Vaccination Hyderabad 1872-1889 - 1872-1889
Year: 1872
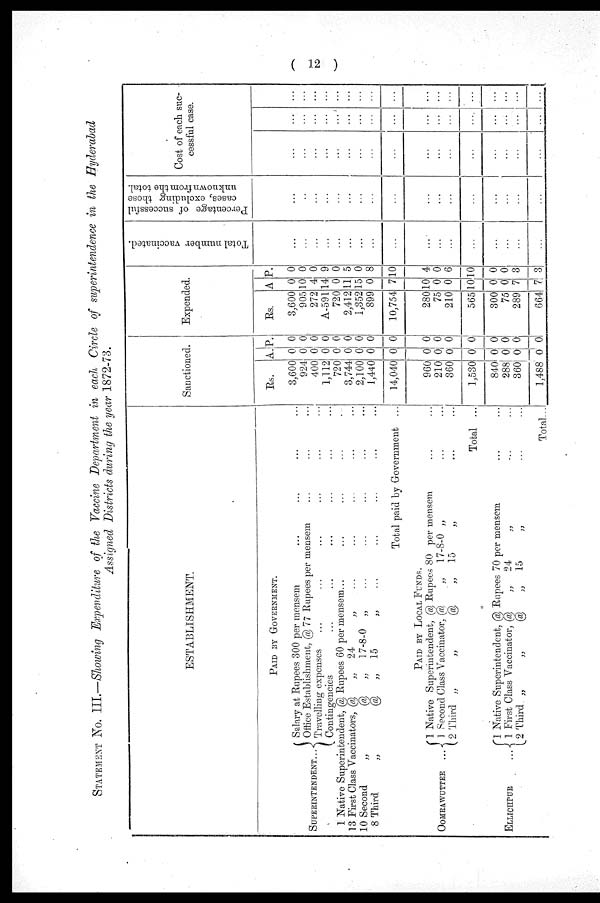
( 12 )
STATEMENT No. III.—Showing Expenditure of the Vaccine Department in each Circle of superintendence in the Hyderabad
Assigned Districts during the year 1872-73.
ESTABLISHMENT.
PAID BY GOVERNMENT.
SUPERINTENDENT...
Salary at Rupees 300 per mensem ... ...
Office Establishment, @ 77 Rupees per mensem ... ...
Travelling expenses ... ... ... ... ... ...
Contingencies ... ... ... ... ... ...
1 Native Superintendent, @ Rupees 60 per mensem... ... ... ... ...
13 First Class Vaccinators, @
„ 24
„ ... ... ... ... ...
10 Second
„
@
„ 17-8-0 „ ... ... ... ... ...
8 Third
„
@ „ 15
„
...
...
...
...
...
Total paid by Government ...
PAID BY LOCAL FUNDS.
OOMRAWUTTEE
...
1 Native Superintendent, @ Rupees 80 per mensem ... ...
1 Second Class Vaccinator, @
„ 17-8-0 „ ... ...
2 Third „
„
@
„
15
„ ... ...
Total ...
ELLICHPUR
...
Native Superintendent, @ Rupees 70 per mensem ... ...
First Class Vaccinator, @
„
24
„ ... ...
2 Third „
„
@
„ 15
„
...
...
Total...
Sanctioned.
Rs.
3,600
924
400
1,112
720
3,744
2,100
1,440
14,040
960
210
360
1,530
840
288
360
1,488
A.
0
0
0
0
0
0
0
0
0
0
0
0
0
0
0
0
0
P.
0
0
0
0
0
0
0
0
0
0
0
0
0
0
0
0
0
Expended.
Rs.
3,600
905
272
A-591
720
2,412
1,352
899
10,754
280
75
210
565
300
75
289
664
A.
0
10
4
14
0
11
15
0
7
10
0
0
10
0
0
7
7
P.
0
0
0
9
0
5
0
8
10
4
0
6
10
0
0
3
3
Total number vaccinated.
...
...
...
...
...
...
...
...
...
...
...
...
...
...
...
...
...
Percentage of successful
cases, excluding those
unknown from the total.
...
...
...
...
...
...
...
...
...
...
...
...
...
...
...
...
...
Cost of each suc-
cessful case.
...
...
...
...
...
...
...
...
...
...
...
...
...
...
...
...
...
...
...
...
...
...
...
...
...
...
...
...
...
...
...
...
...
...
...
...
...
...
...
...
...
...
...
...
...
...
...
...
...
...
...